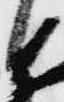
と